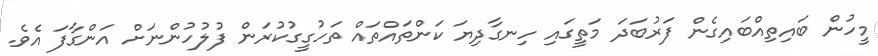
މީހުން ބައިތިއްބައިގެން ފަރުބަދަ މަތީގައި ހިނގާދިޔަ ކަންތައްތައް ތަހުގީގުކުރަން ފުލުހުންނަށް އަންގާފަ އެވެ.